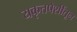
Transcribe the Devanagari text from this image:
यकृतपेशींतून